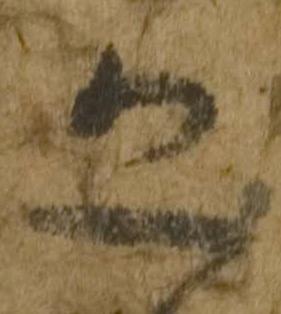
恐